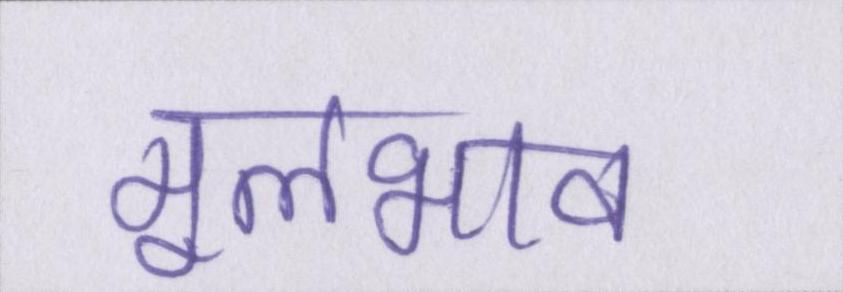
मूलभाव